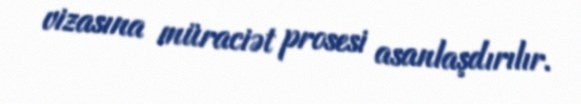
vizasına müraciət prosesi asanlaşdırılır.